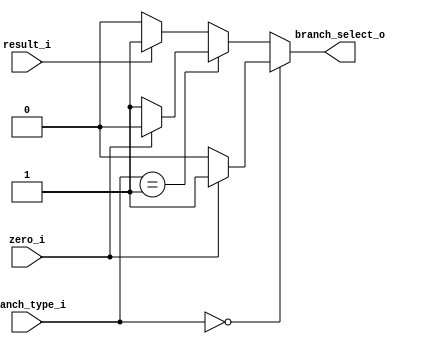
module Branch_Control(zero_i, result_i, branch_type_i, branch_select_o);

  // I/O ports
  input           zero_i;
  input           result_i;
  input  [2-1:0]  branch_type_i;

  output          branch_select_o;

  // Internal Signals
  wire            branch_select_o;

  // Select
  assign branch_select_o = (branch_type_i == 2'b00) ? ((zero_i == 1)   ? 1 : 0) : // beq
                           (branch_type_i == 2'b01) ? ((zero_i == 0)   ? 1 : 0) : // bnez
                           (branch_type_i == 2'b10) ? ((result_i == 0) ? 0 : 1) : // ble
                                                      ((result_i == 1) ? 1 : 0) ; // bltz

endmodule